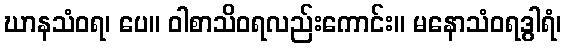
ဃာနသံဝရ၊ ပေ။ ဝါစာသိဝရလည်းကောင်း။ မနောသံဝရဒွါရံ၊